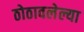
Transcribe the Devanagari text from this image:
ठोठावलेल्या